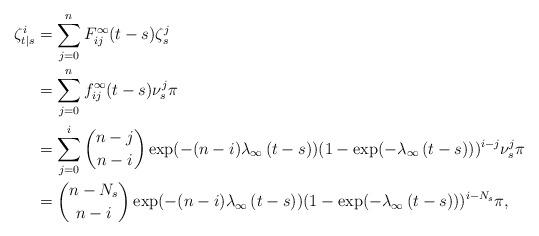
LaTeX: \begin{align*}\zeta^i_{t|s} & = \sum_{j=0}^nF^\infty_{ij}(t-s)\zeta^j_s\\& = \sum_{j=0}^nf^\infty_{ij}(t-s)\nu^j_s\pi\\& = \sum_{j=0}^i {n-j \choose n-i} \exp(-(n-i)\lambda_\infty\,(t-s))(1-\exp(-\lambda_\infty\,(t-s)))^{i-j} \nu^j_s\pi\\& = {n-N_s \choose n-i} \exp(-(n-i)\lambda_\infty\,(t-s))(1-\exp(-\lambda_\infty\,(t-s)))^{i-N_s} \pi,\end{align*}